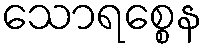
သောရစ္စေန